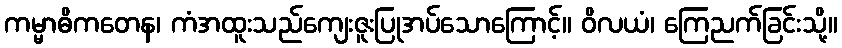
ကမ္မာဓိကတေန၊ ကံအထူးသည်ကျေးဇူးပြုအပ်သောကြောင့်။ ဝိလယံ၊ ကြေညက်ခြင်းသို့။